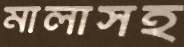
মালাসহ